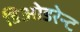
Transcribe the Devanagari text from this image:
डिओडरेन्ट